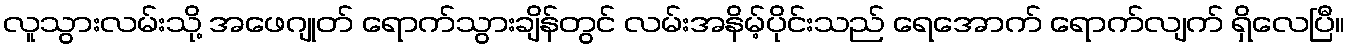
လူသွားလမ်းသို့ အဖေဂျုတ် ရောက်သွားချိန်တွင် လမ်းအနိမ့်ပိုင်းသည် ရေအောက် ရောက်လျက် ရှိလေပြီ။